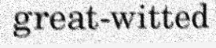
great-witted